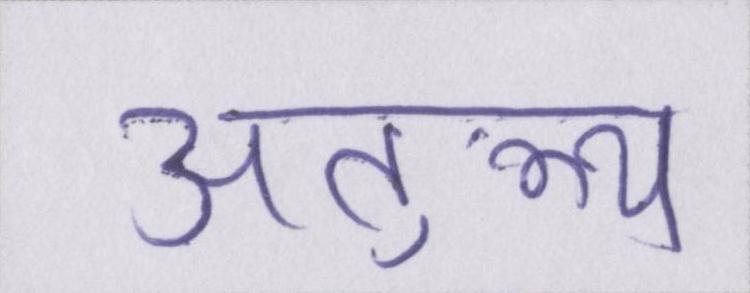
अतुल्य